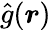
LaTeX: {\hat{g}}({\boldsymbol{r}})